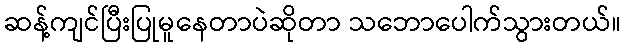
ဆန့်ကျင်ပြီးပြုမူနေတာပဲဆိုတာ သဘောပေါက်သွားတယ်။